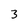
Character: 3